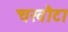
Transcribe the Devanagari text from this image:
चखौटा